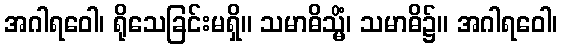
အဂါရဝေါ၊ ရိုသေခြင်းမရှိ။ သမာဓိသ္မိံ၊ သမာဓိ၌။ အဂါရဝေါ၊